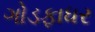
ગોડફાધર